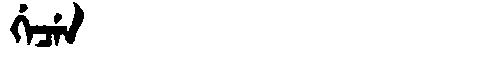
Manchu: ᡤᡝᠴᡝᠨ
Romanization: GECEN